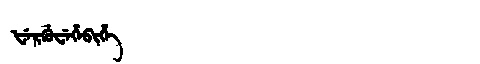
Manchu: ᡶᡝᡵᡤᡠᠸᡝᡥᡝᠪᡳᡥᡝ
Romanization: FERGUWEHEBIHE